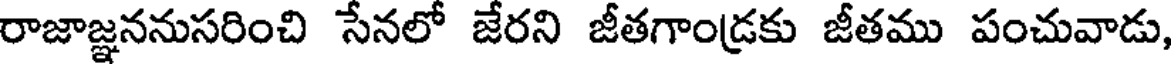
రాజాజ్ఞననుసరించి సేనలో జేరని జీతగాండ్రకు జీతము పంచువాడు,